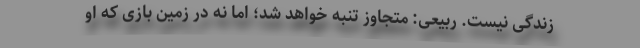
زندگی نیست. ربیعی: متجاوز تنبه خواهد شد؛ اما نه در زمین بازی که او